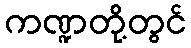
ကဏ္ဍတို့တွင်